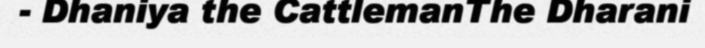
- Dhaniya the CattlemanThe Dharani